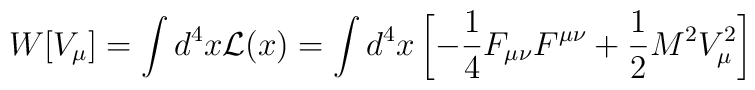
W[V_{\mu}]=\int d^4x{\cal L}(x)=\int d^4x\left[-{1\over 4}F_{\mu\nu}F^{\mu\nu}+{1\over 2}M^2V_\mu^2\right]